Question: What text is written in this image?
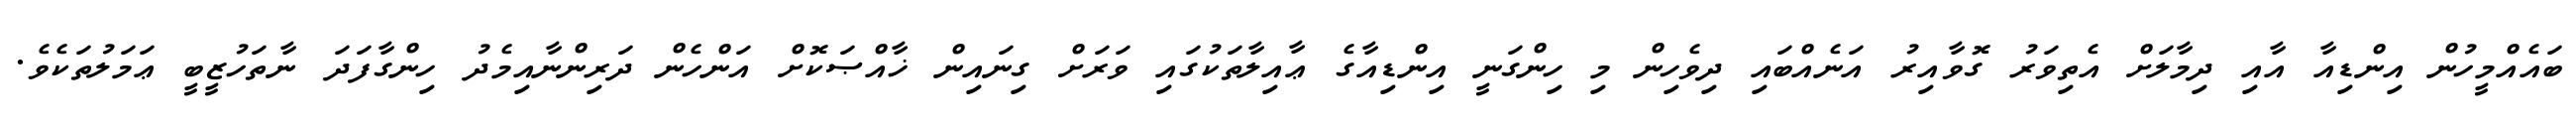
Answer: ބައެއްމީހުން އިންޑިއާ އާއި ދިމާލަށް އެތިވަރު ގޮވާއިރު އަނެއްބައި ދިވެހިން މި ހިންގަނީ އިންޑިއާގެ ޢާއިލާތަކުގައި ވަރަށް ގިނައިން ޚާއްޞަކޮށް އަންހެން ދަރިންނާއިމެދު ހިންގާފަދަ ނާތަހުޒީބީ ޢަމަލުތަކެވެ.